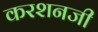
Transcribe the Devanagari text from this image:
करशनजी